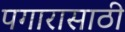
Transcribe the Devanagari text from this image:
पगारासाठी